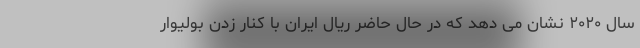
سال ۲۰۲۰ نشان می دهد که در حال حاضر ریال ایران با کنار زدن بولیوار